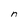
Character: n